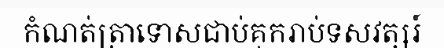
កំណត់ត្រាទោសជាប់គុករាប់ទសវត្សរ៍